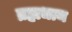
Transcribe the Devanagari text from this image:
ब्रह्मधाम